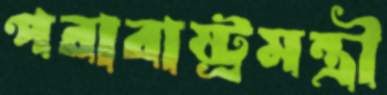
পরারাষ্ট্রমন্ত্রী